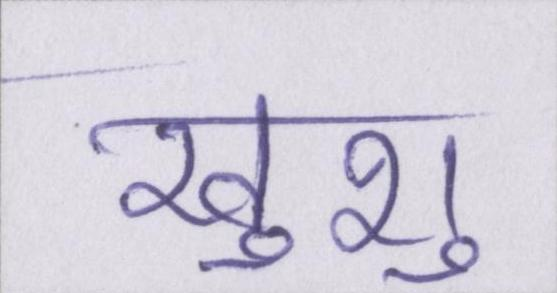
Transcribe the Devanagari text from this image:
खुशु